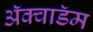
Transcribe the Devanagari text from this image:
ॲक्वाडॅम